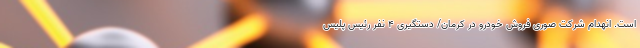
است. انهدام شرکت صوری فروش خودرو در کرمان/ دستگیری 4 نفر رئیس پلیس